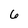
Character: 6